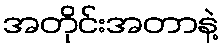
အတိုင်းအတာနဲ့